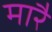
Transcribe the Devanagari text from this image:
मारै